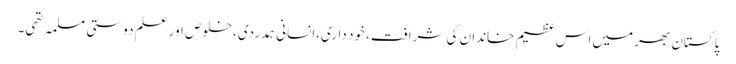
پاکستان بھر میں اس عظیم خاندان کی شرافت، خود داری،انسانی ہمدردی،خلوص اور علم دوستی مسلمہ تھی۔